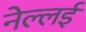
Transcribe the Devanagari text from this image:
नेल्लई